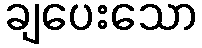
ချပေးသော